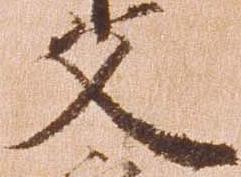
文